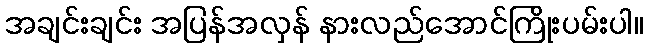
အချင်းချင်း အပြန်အလှန် နားလည်အောင်ကြိုးပမ်းပါ။